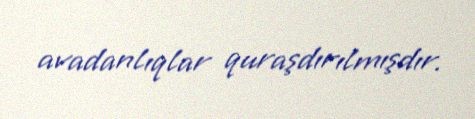
avadanlıqlar quraşdırılmışdır.